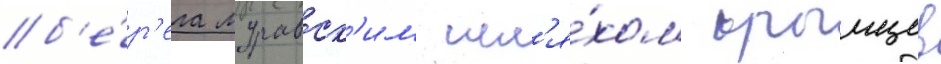
б'е́р'ега муравск'им шл'я́хом крымцев